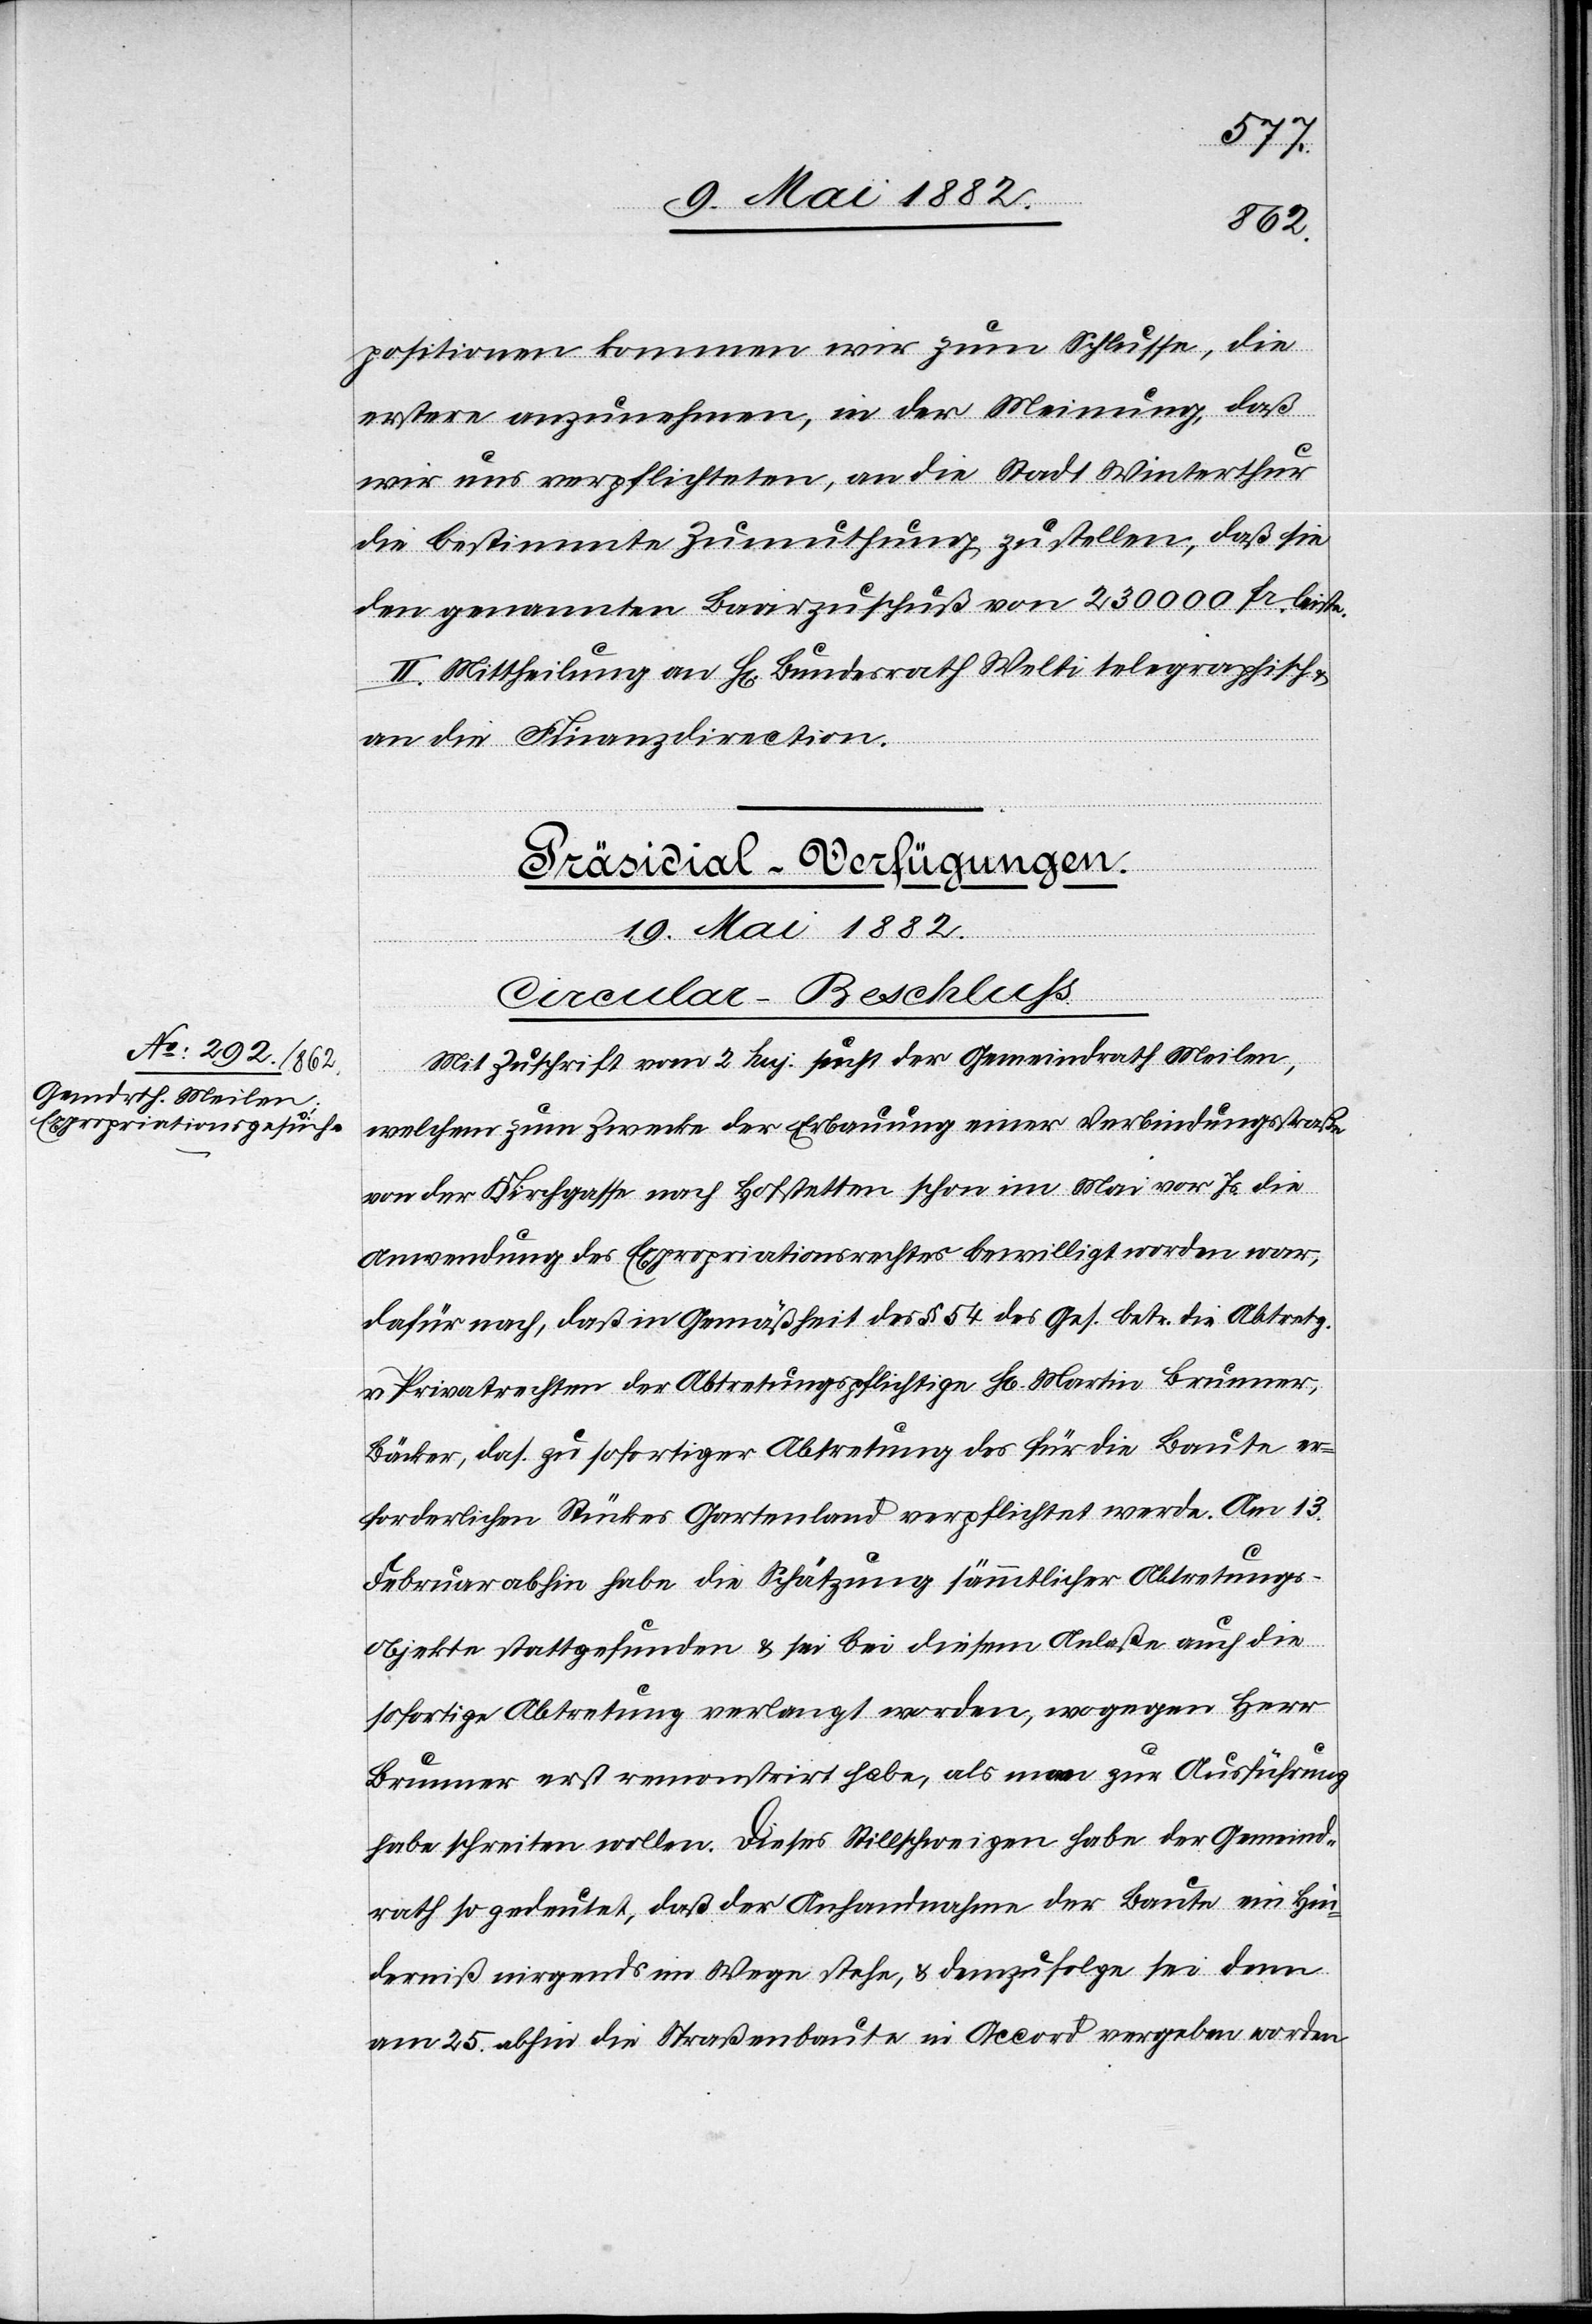
positionen kommen wir zum Schlusse, die
erstere anzunehmen, in der Meinung, daß
wir uns verpflichten, an die Stadt Winterthur
die bestimmte Zumuthung zu stellen, daß sie
den genannten Baarzuschuß von 230 000 Fr. leiste.
II. Mittheilung an H[rn]. Bundesrath Welti telegraphisch
an die Finanzdirection.
Präsidial-Verfügungen.
19. Mai 1882.
Circular-Beschluss.
Mit Zuschrift vom 2. huj. sucht der Gemeindrath Meilen,
welchem zum Zwecke der Erbauung einer Verbindungsstraße
von der Kirchgasse nach Hofstetten schon im Mai vor. Js. die
Anwendung des Expropriationsrechtes bewilligt worden war,
dafür nach, daß in Gemäßheit des § 54 des Ges. betr. die Abtretg.
v. Privatrechten der Abtretungspflichtige Hr. Martin Brunner,
Bäcker, das. zu sofortiger Abtretung des für die Baute er¬
forderlichen Stückes Gartenland verpflichtet werde. Am 13.
Februar abhin habe die Schätzung sämmtlicher Abtretungs¬
objekte stattgefunden & sei bei diesem Anlaße auch die
sofortige Abtretung verlangt worden, wogegen Herr
Brunner erst remonstrirt [sic!] habe, als man zur Ausführung
habe schreiten wollen. Dieses Stillschweigen habe der Gemeind¬
rath so gedeutet, daß der Anhandnahme der Baute ein Hin¬
derniß nirgends im Wege stehe, & demzufolge sei dann
am 25. abhin die Straßenbaute in Accord vergeben worden